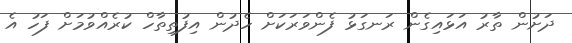
ދަށުން ތާރު އަޅައިގެން ރަނގަޅު ފެންވަރަކަށް ހެދުން އިފުތިތާހް ކުރެއްވުމަށް ފަހު އެ